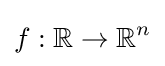
f:\mathbb {R} \to \mathbb {R} ^{n}